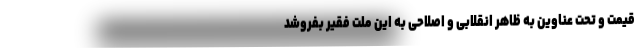
قیمت و تحت عناوین به ظاهر انقلابی و اصلاحی به این ملت فقیر بفروشد